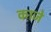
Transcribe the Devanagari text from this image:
काजे